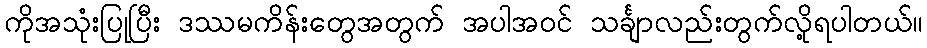
ကိုအသုံးပြုပြီး ဒဿမကိန်းတွေအတွက် အပါအဝင် သင်္ချာလည်းတွက်လို့ရပါတယ်။